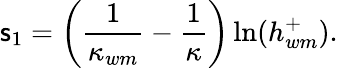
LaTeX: \mathsf{s}_{1}=\left(\frac{{1}}{{\kappa_{wm}}}-\frac{{1}}{{\kappa}}\right)\ln(h_{wm}^{+}).